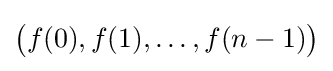
{\big (}f(0),f(1),\ldots ,f(n-1){\big )}